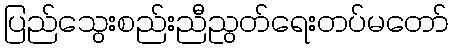
ပြည်သွေးစည်းညီညွတ်ရေးတပ်မတော်